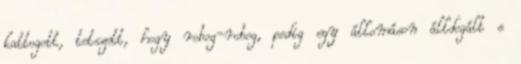
kattogott, tetszett, hogy robog-robog, pedig egy állomáson álldogált s